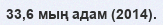
33,6 мың адам (2014).